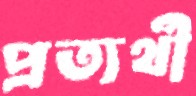
প্রত্যর্থী